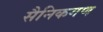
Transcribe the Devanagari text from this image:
सैनिकगण